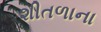
શીતળાના